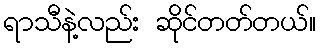
ရာသီနဲ့လည်း ဆိုင်တတ်တယ်။